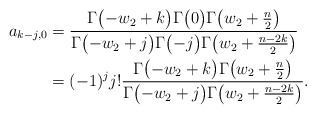
\begin{align*} a_{k-j,0} & = \frac{\Gamma\bigl(-w_2+k\bigr)\Gamma\bigl(0\bigr)\Gamma\bigl(w_2+\frac{n}{2}\bigr)}{\Gamma\bigl(-w_2+j\bigr)\Gamma\bigl(-j\bigr)\Gamma\bigl(w_2+\frac{n-2k}{2}\bigr)} \\ & = (-1)^jj!\frac{\Gamma\bigl(-w_2+k\bigr)\Gamma\bigl(w_2+\frac{n}{2}\bigr)}{\Gamma\bigl(-w_2+j\bigr)\Gamma\bigl(w_2+\frac{n-2k}{2}\bigr)} . \end{align*}